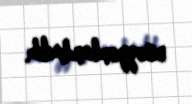
müəyyənləşdirilib.